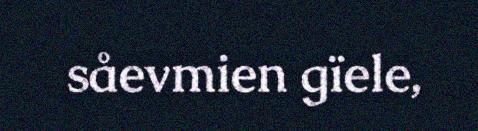
såevmien gïele,